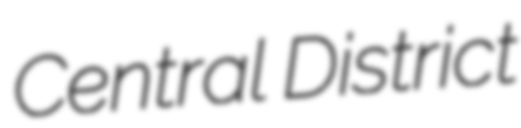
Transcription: Central District